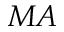
M A